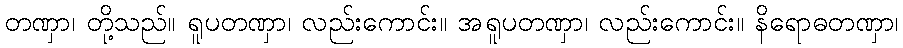
တဏှာ၊ တို့သည်။ ရူပတဏှာ၊ လည်းကောင်း။ အရူပတဏှာ၊ လည်းကောင်း။ နိရောဓတဏှာ၊